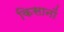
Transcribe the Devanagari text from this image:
किसानोंं